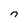
Character: n